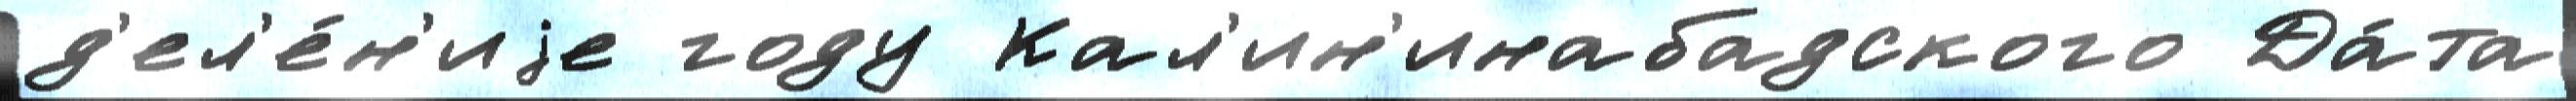
д'ел'е́н'иjе году Кал'ин'инабадского Да́та